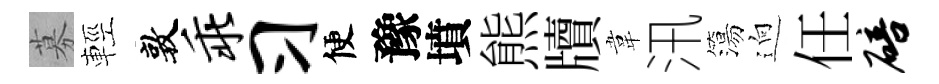
募輕敦乖习便豫墳熊牘韋汛簜逈任碚